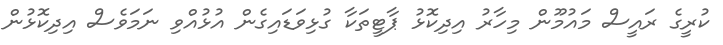
ކުރީގެ ރައީސް މައުމޫން މިހާރު އިދިކޮޅު ޕާޓީތަކާ ގުޅިވަޑައިގެން އުޅުއްވި ނަމަވެސް އިދިކޮޅުން